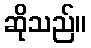
ဆိုသည်။